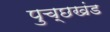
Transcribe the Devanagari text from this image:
पुच्छखंड